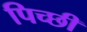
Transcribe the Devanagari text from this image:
पिच्छी